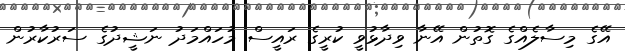
އޭގެ މިސާލެއްގެ ގޮތުން އޭނާ ވިދާޅުވީ ކުރީގެ ރައީސް މުހައްމަދު ނަޝީދުގެ ސަރުކާރުން